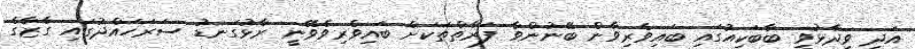
އަދި ވިދާޅުވީ ބާބަކިއުގައި ބައިވެރިވާން ބޭނުންވާ ފަރާތްތަކަށް ބައިވެރިވެވޭނީ ރާޅުގަނޑު ސަރަހައްދުގައި ގާޒާގެ